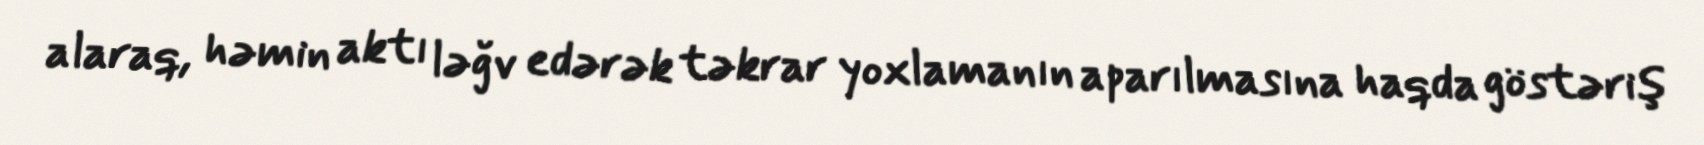
alaraq, həmin aktı ləğv edərək təkrar yoxlamanın aparılmasına haqda göstəriş